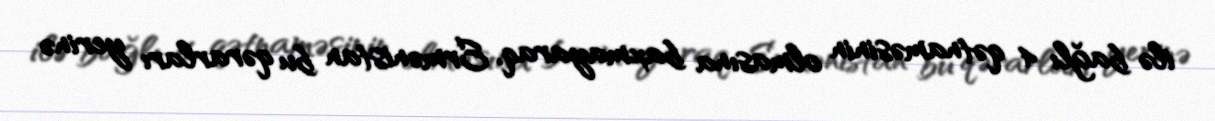
ilə bağlı 4 qətnaməsinin olmasına baxmayaraq, Ermənistan bu qərarları yerinə